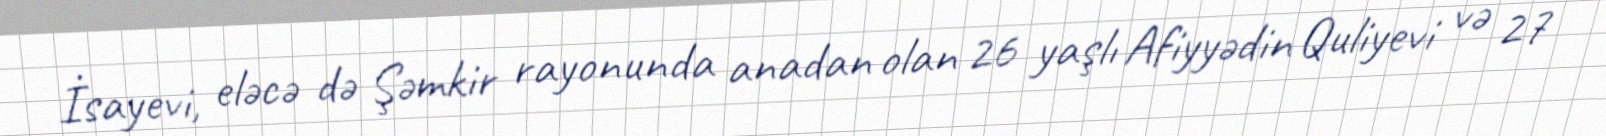
İsayevi, eləcə də Şəmkir rayonunda anadan olan 26 yaşlı Afiyyədin Quliyevi və 27